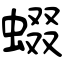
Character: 蝃